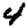
Digit: 4